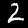
Digit: 2